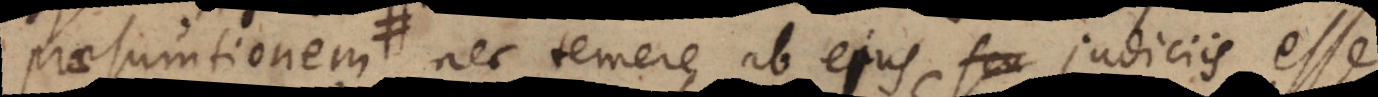
praesumtionem, nec temere ab ejus judiciis esse